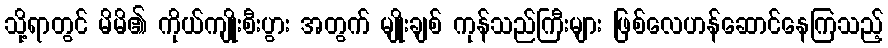
သို့ရာတွင် မိမိ၏ ကိုယ်ကျိုးစီးပွား အတွက် မျိုးချစ် ကုန်သည်ကြီးများ ဖြစ်လေဟန်ဆောင်နေကြသည့်